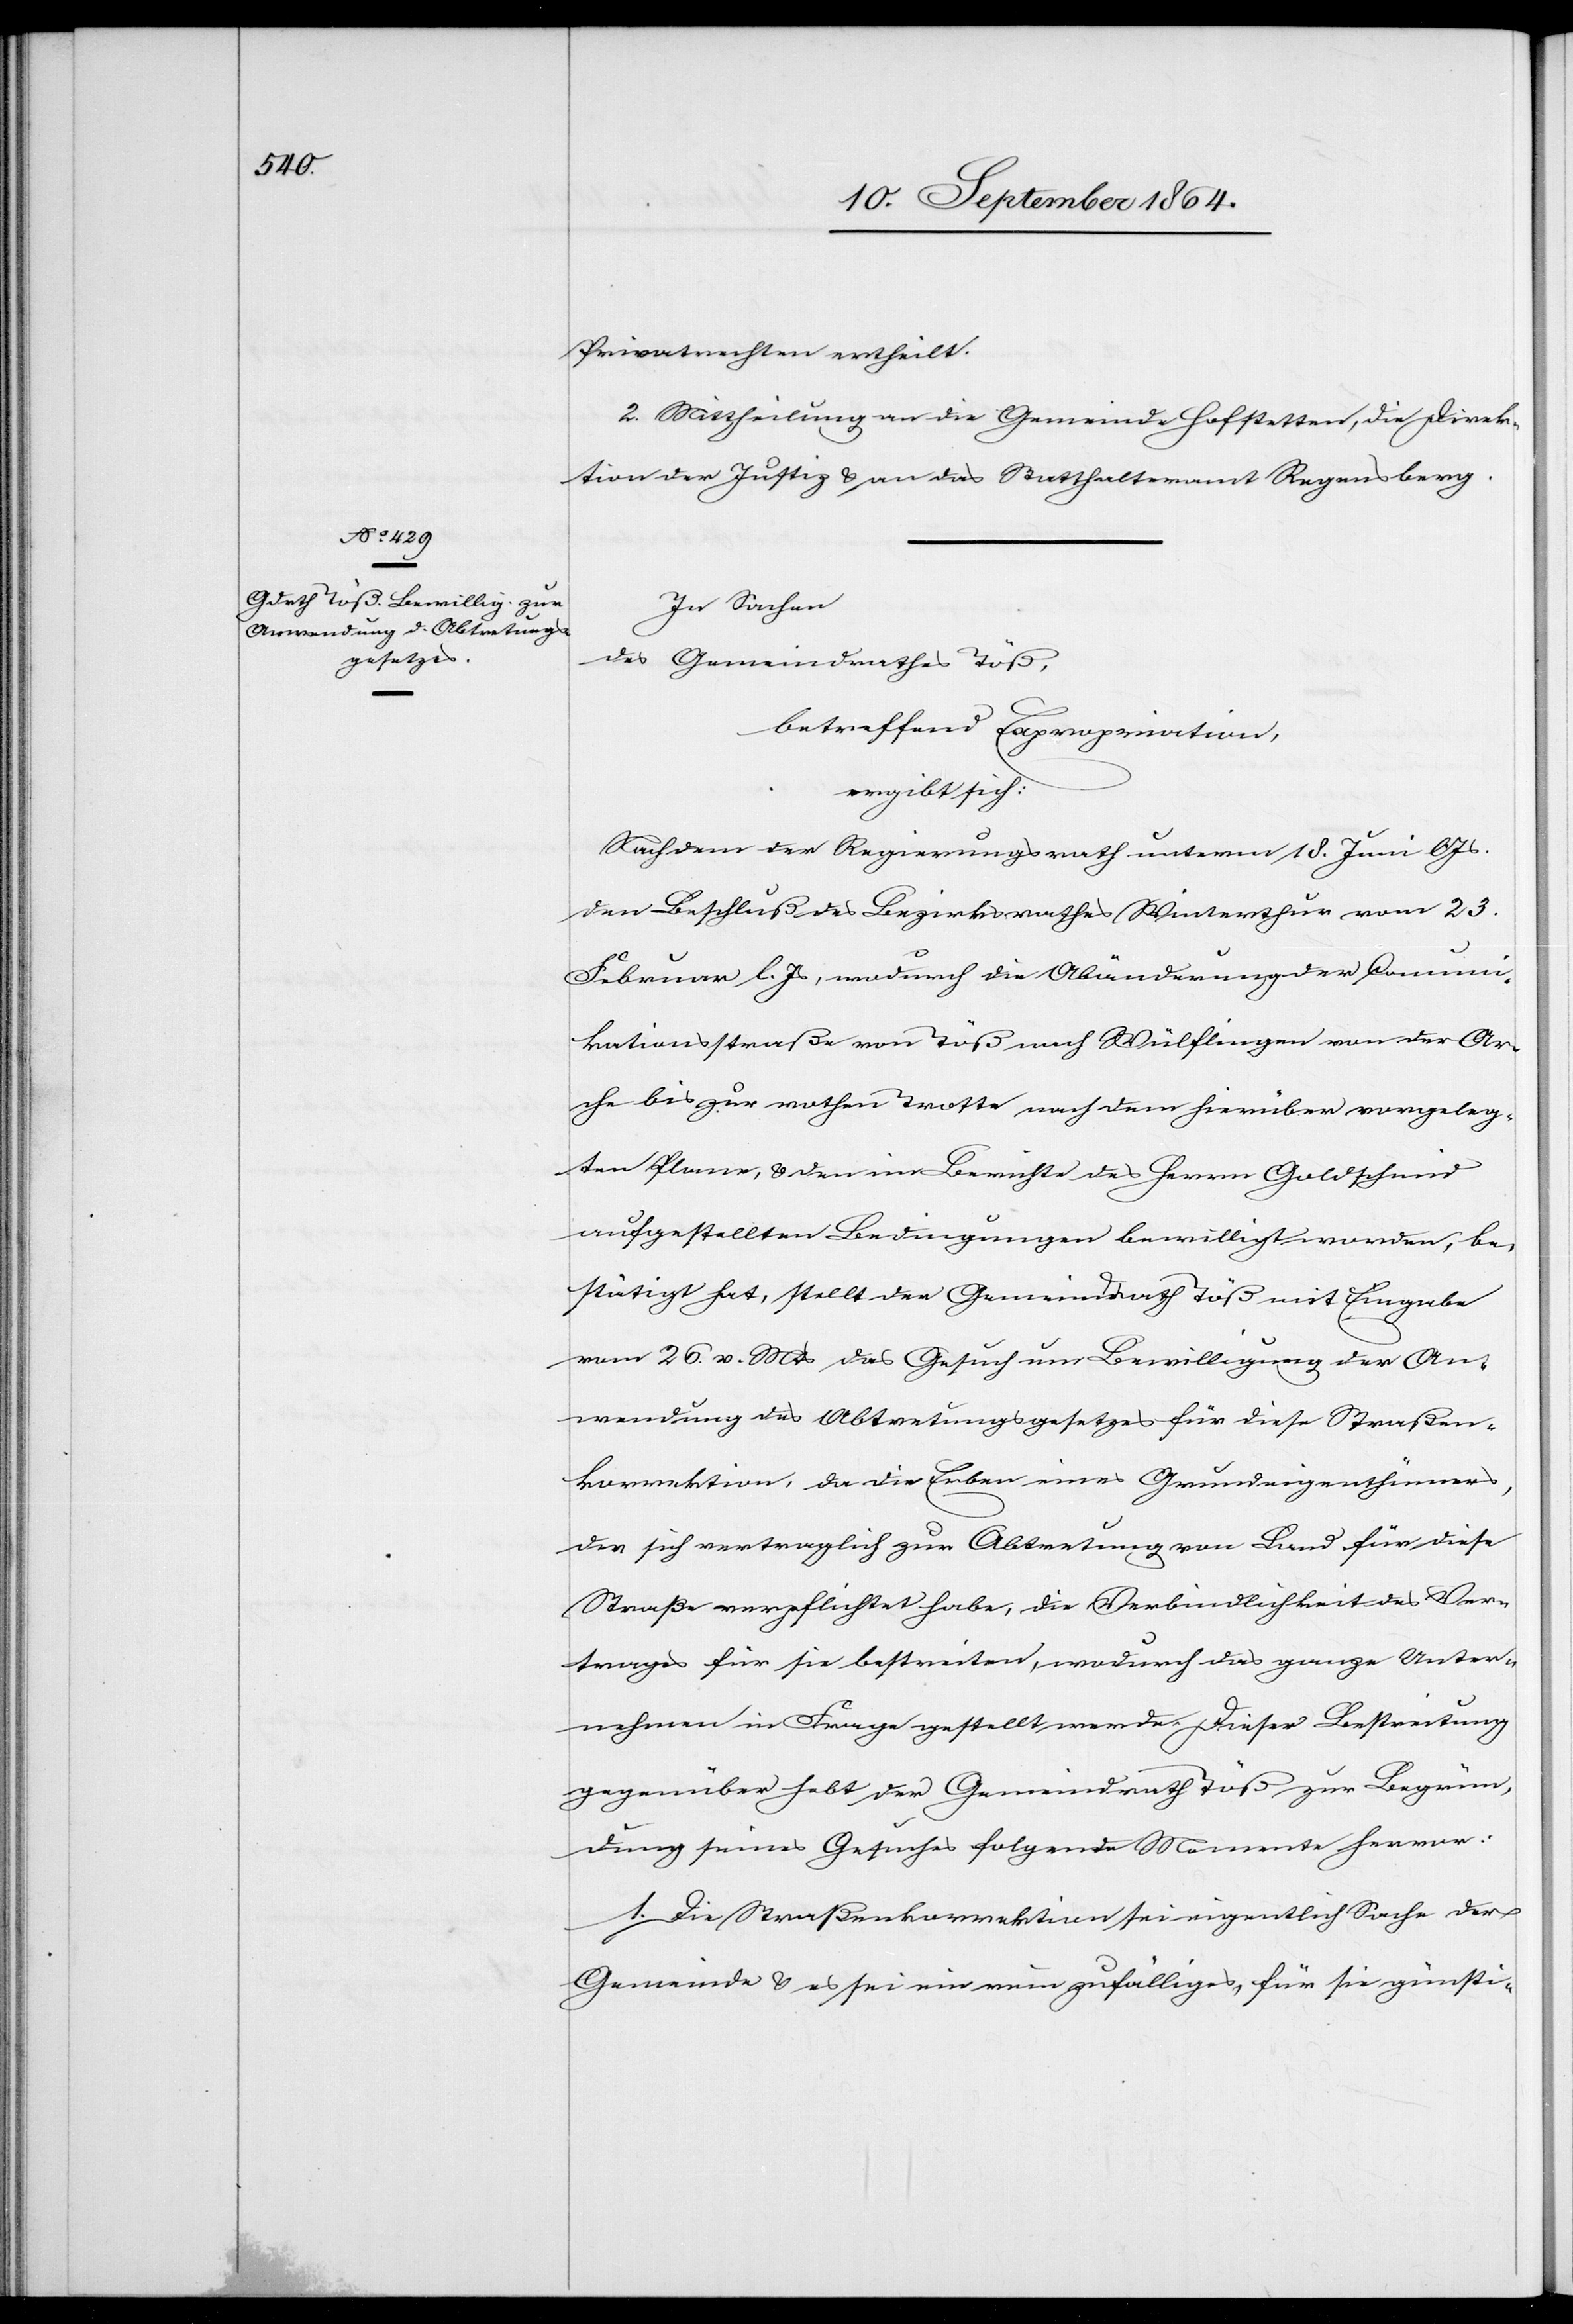
Privatrechten ertheilt.
2. Mittheilung an die Gemeinde Hofstetten, die Direk¬
tion der Justiz & an das Statthalteramt Regensberg.
In Sachen
des Gemeindrathes Töß,
betreffend Expropriation
ergibt sich:
Nachdem der Regierungsrath unterm 18. Juni l.
den Beschluß des Bezirksrathes Winterthur vom 23.
Februar l. Js, wodurch die Abänderung der Communi¬
kationsstraße von Töß nach Wülflingen von der Ar¬
che bis zur rothen Trotte nach dem hierüber vorgeleg¬
ten Plane, & den im Berichte des Herrn Goldschmid
aufgestellten Bedingungen bewilligt worden, be¬
stätigt hat, stellt der Gemeindrath Töß mit Eingabe
vom 26. v. Mts das Gesuch um Bewilligung der An¬
wendung des Abtretungsgesetzes für diese Straßen¬
korrektion, da die Erben eines Grundeigenthümers,
der sich vertraglich zur Abtretung von Land für diese
Straße verpflichtet habe, die Verbindlichkeit des Ver¬
trages für sie bestreiten, wodurch das ganze Unter¬
nehmen in Frage gestellt werde. Dieser Bestreitung
gegenüber hebt der Gemeindrath Töß zur Begrün¬
dung seines Gesuches folgende Momente hervor:
1. Die Straßenkorrektion sei eigentlich Sache der
Gemeinde & es sei ein rein zufälliges, für sie günsti-